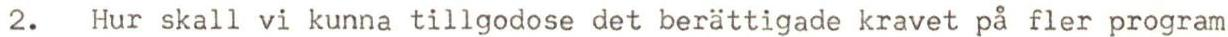
2. Hur skall vi kunna tillgodose det berättigade kravet på fler program